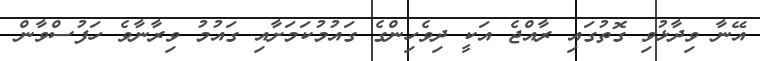
އޭނާ ވިދާޅުވި ގޮތުގައި ރާއްޖެ އަކީ ދިވެހިންގެ ގައުމުކަމަށާއި ގައުމު ވިރާނާވެ ހަފުސްވާން